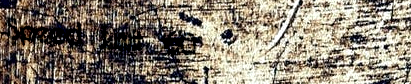
Speed Limit 60